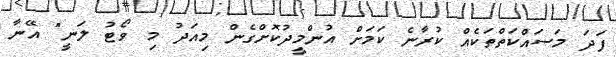
ފަދަ މަސައްކަތްތަކެއް ކުރާނެ ކަމަށް އުންމީދުކޮށްގެން މިއަދު މި ވޯޓު ލަނީ" އޭނާ